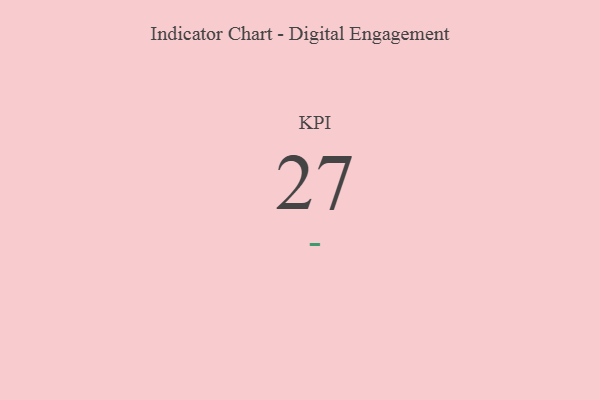
{"axis": {"x": "KPI", "y": "Value"}, "legend": [""], "data": [{"x": "KPI", "y": 27, "type": ""}]}